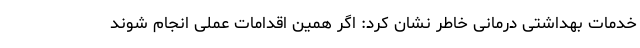
خدمات بهداشتی درمانی خاطر نشان کرد: اگر همین اقدامات عملی انجام شوند